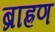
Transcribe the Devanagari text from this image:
ब्राह्रण